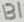
Text: B1